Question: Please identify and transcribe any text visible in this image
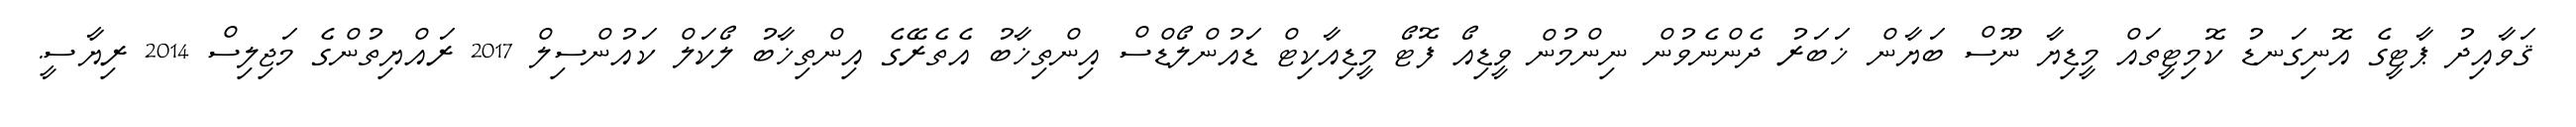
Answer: ޤަވާއިދު ޕާޓީގެ އޮނިގަނޑު ކޮމިޓީތައް މީޑިޔާ ނޫސް ބަޔާން ޚަބަރު ދެންނެވުން ނިންމުން ވީޑިއޯ ފޮޓޯ މީޑިއާކިޓް ޑައުންލޯޑްސް އިންތިޚާބު އެތެރޭގެ އިންތިޚާބު ލޯކަލް ކައުންސިލް 2017 ރައްޔިތުންގެ މަޖިލިސް 2014 ރިޔާސީ.